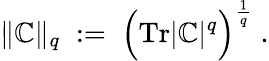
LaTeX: \| \mathbb{C}\| _{q}\; :=\; \Big(\mathrm{{Tr}}|\mathbb{C}|^{q}\Big)^{\frac{{1}}{{q}}}\; .